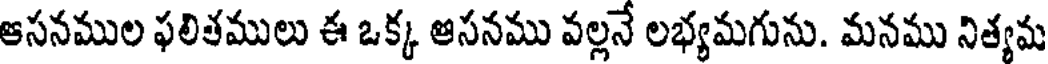
ఆసనముల ఫలితములు ఈ ఒక్క ఆసనము వల్లనే లభ్యమగును. మనము నిత్యమ